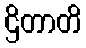
ဌိတာတိ